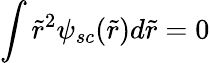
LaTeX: \int\tilde{r}^{2}\psi_{sc}(\tilde{r})d\tilde{r}=0